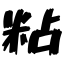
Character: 粘